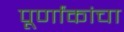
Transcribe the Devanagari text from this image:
पूर्णांकांचा